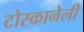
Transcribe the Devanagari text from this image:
टोस्कानेली